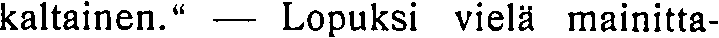
kaltainen." — Lopuksi vielä mainitta-